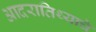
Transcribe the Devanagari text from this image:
आदरातिथ्याचे